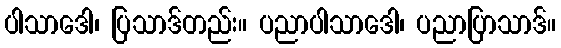
ပါသာဒေါ၊ ပြသာဒ်တည်း။ ပညာပါသာဒေါ၊ ပညာပြာသာဒ်။